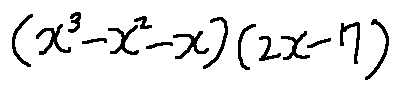
( x ^ { 3 } - x ^ { 2 } - x ) ( 2 x - 7 )